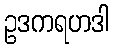
ဥဒကရဟဒါ